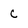
Character: c